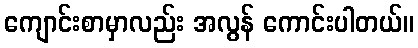
ကျောင်းစာမှာလည်း အလွန် ကောင်းပါတယ်။